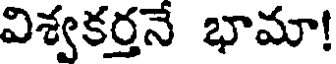
విశ్వకర్తనే భామా!